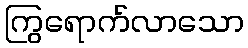
ကြွရောက်လာသော